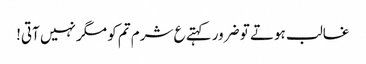
غالب ہوتے تو ضرور کہتے ع شرم تم کو مگر نہیں آتی!